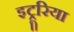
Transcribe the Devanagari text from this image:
इट्रूरिया